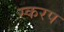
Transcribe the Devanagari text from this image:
स्करप